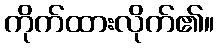
ကိုက်ထားလိုက်၏။